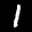
Label: 1